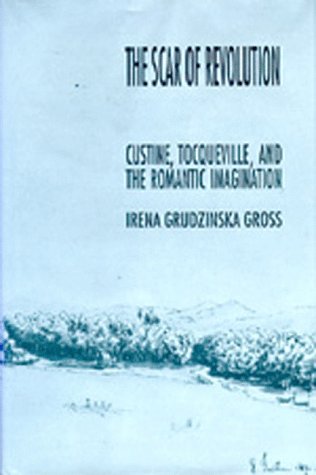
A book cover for The Scar of Revolution: Custine, Tocqueville, and the Romantic Imagination; Irena Grudzinska Gross; Romance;